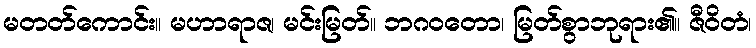
မတတ်ကောင်း။ မဟာရာဇ၊ မင်းမြတ်။ ဘဂဝတော၊ မြတ်စွာဘုရား၏။ ဇီဝိတံ၊